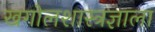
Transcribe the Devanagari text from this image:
खगोलशास्त्रज्ञाला